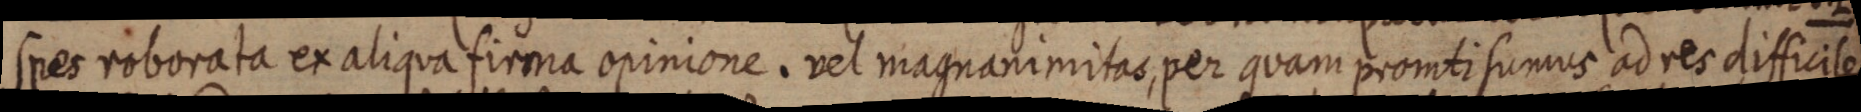
spes roborata ex aliqua firma opinione. vel magnanimitas, per quam promti sumus ad res difficiles